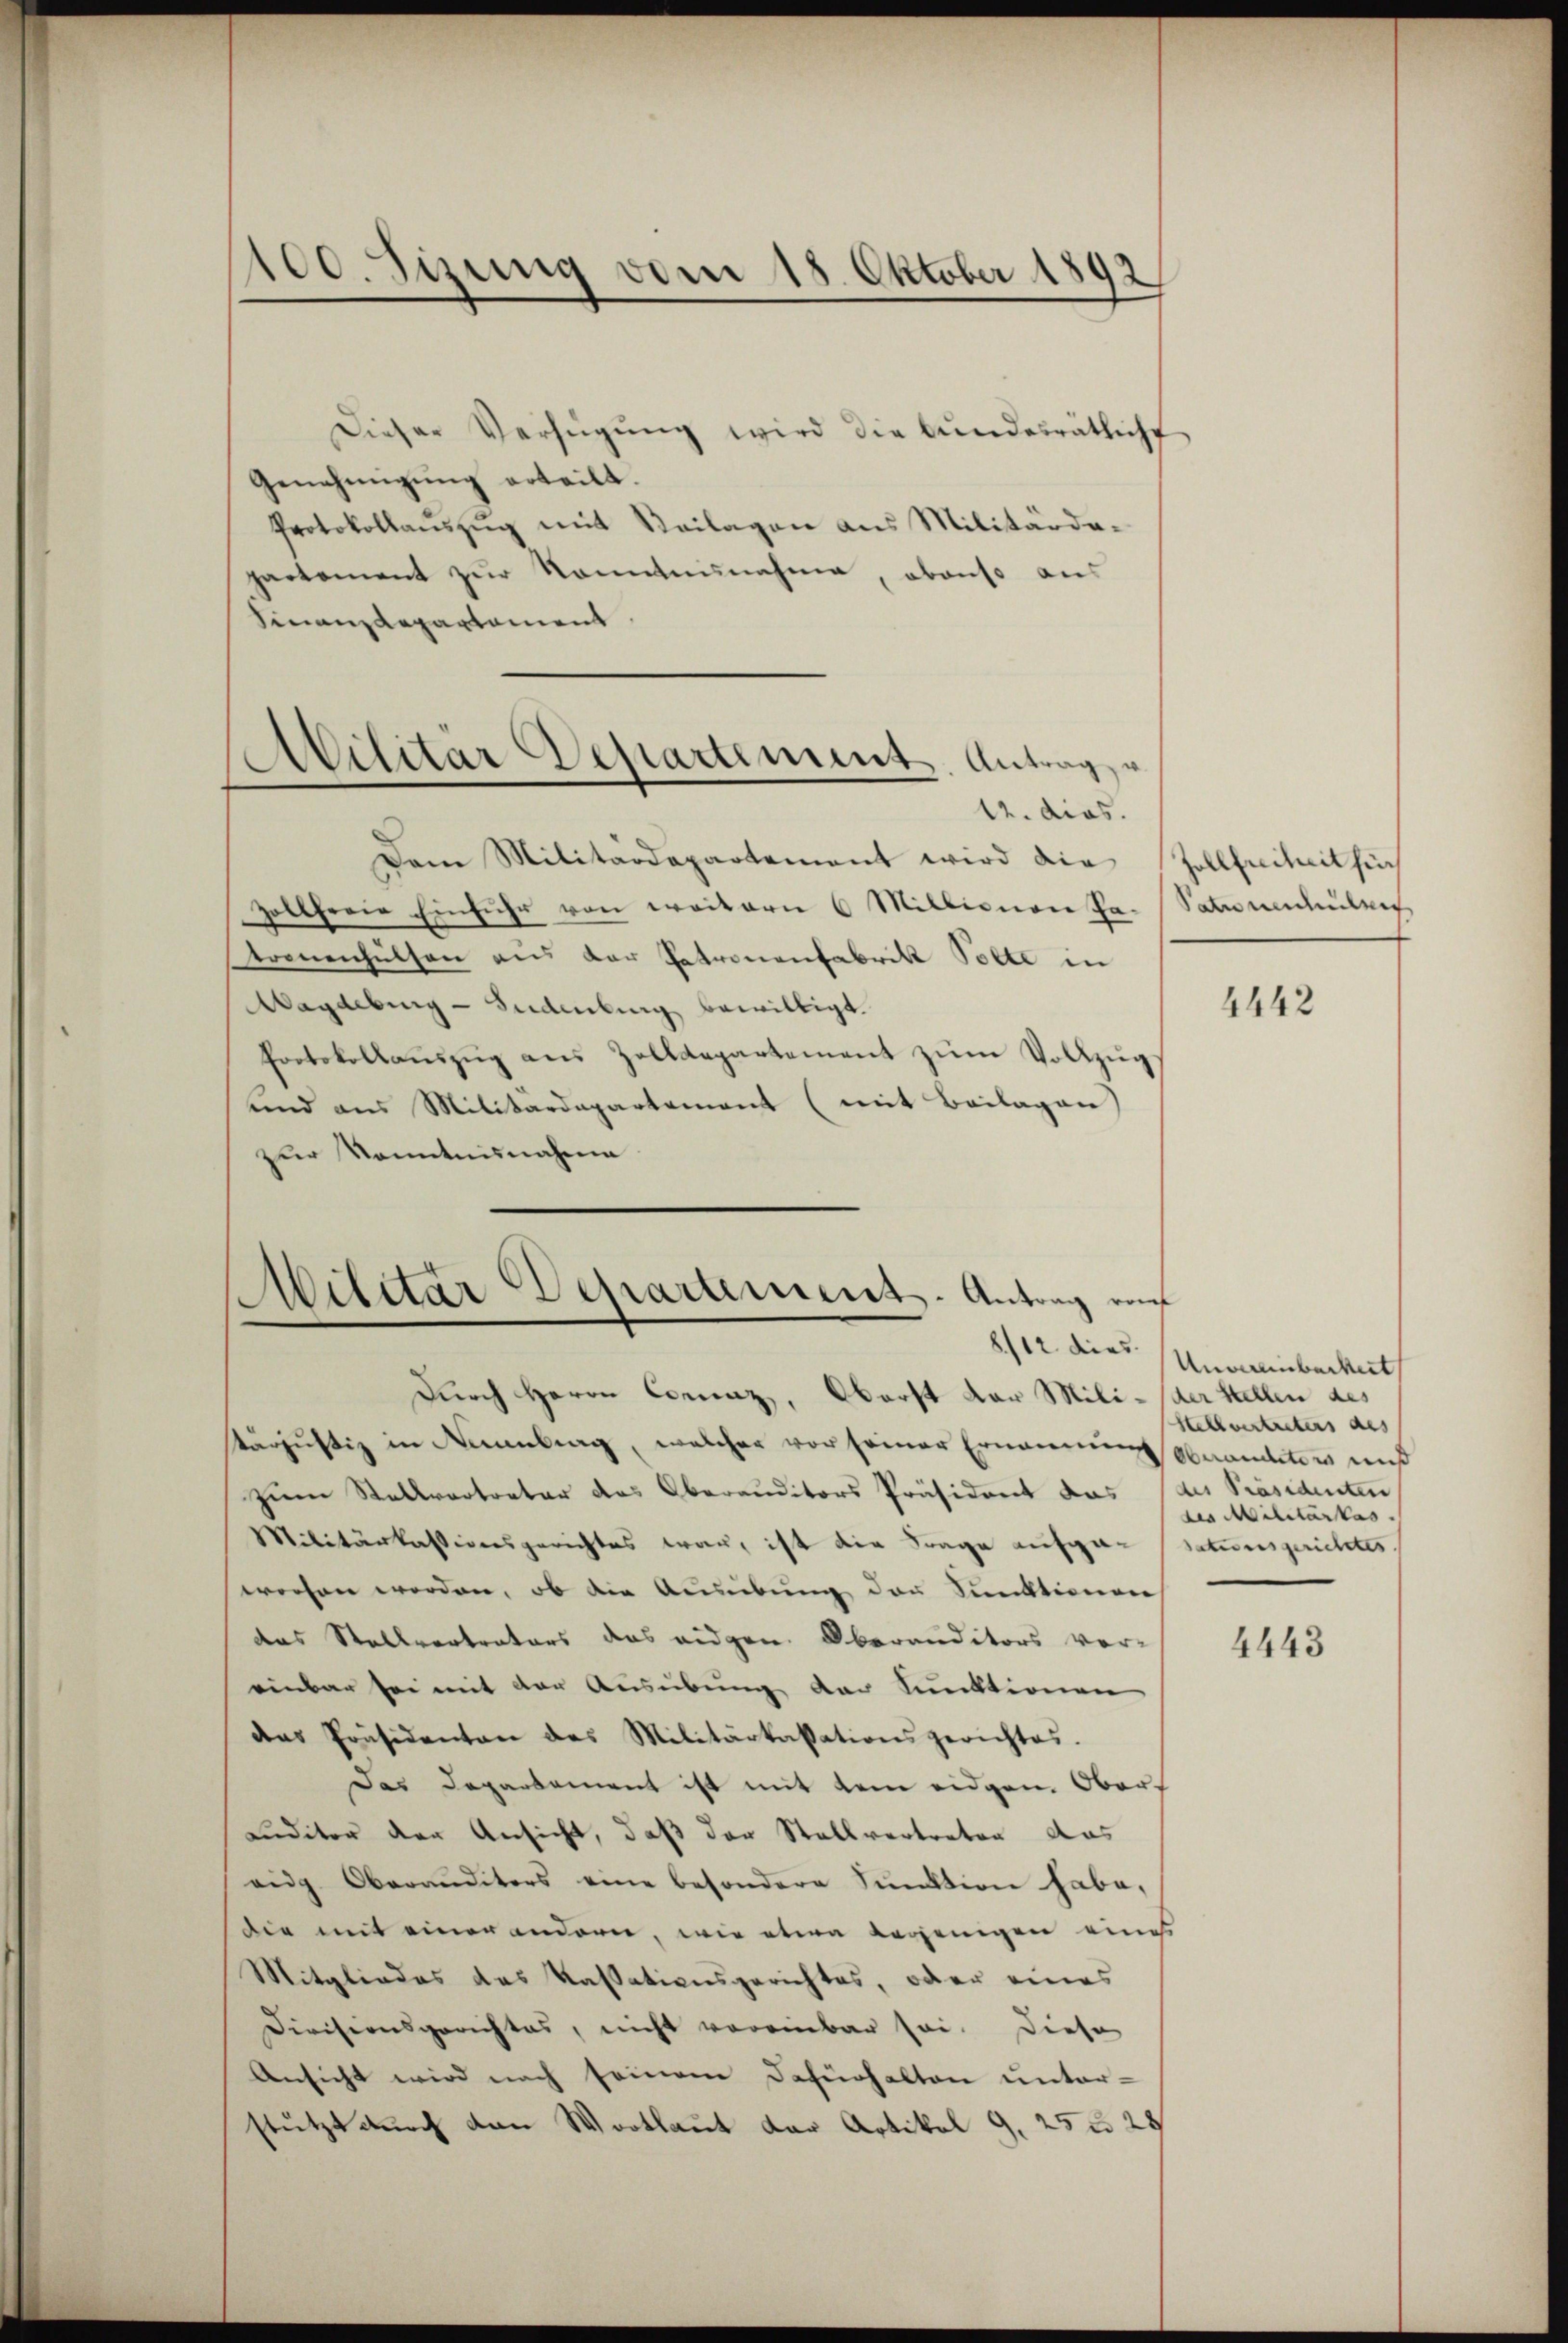
100. Sizung vom 18. Oktober 1893

Dieser Verfügŭng wird die bŭndesrätlicht
Genehmigung erteilt.
Protokollaŭszŭg mit Beilagen aus Militärda-
partement zŭr Kenntnisnahme, obenso aus
Finanzdepartement
Dam Militärdepartement wird die
zollfreie Einführ von weitern 6 Millionen. Satuumchulen
tronenhülsen aus der Patronenfabrik Solle in
Magdeburg-Sudenburg bewilligt.
Protokollauszug aus Zolldepartement zum Vollzug
und aus Militärdepartement (mit Beilagen
zur Kenntnisnahme

Militar Departement. Antrage
12. dies

Militar Departement. Antrag von
8/12 dies
durch Herrn Coraz, Oberst der Mili- der Stellen des

Pärjustiz in Neuenburg, welcher vor seiner Ernennung Oberanditors muß
zum Stellvertreter das Oberauditors Präsident das des Präsidenten
Militärkassionsgerichtes war, ist die Frage aufge- sationsgerichtes.
worfen worden, ob die Ausübung der Sanktionen
das Stellvertrators das eidgen. Oberanditors vor-
einbar sei mit der Ausübung der Funktionen
das Präsidenten des Militärkassationsgerichtes.
Das Departement ist mit dem eidgen. Ober¬
Luditor der Ansicht, daß der Stallvertreten das
eidg. Oberanditors eine besondere Punktion habe,
die mit einer anderer, wie etwa derjenigen eines
Mitgliedes des Kassationsgerichtes, oder eines
Divisionsgerichtes, nicht voreinbar sei. Diese
Ansicht wird nach seinem Dafürhalten unter-
stützt durch den Wortlaut der Artikel 9, 25 u. 28

Zollfreiheit hi

4442

Unvereinbarkeit
Hellvertreters aus
des Militärtas.

4443